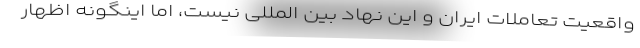
واقعیت تعاملات ایران و این نهاد بین المللی نیست، اما اینگونه اظهار